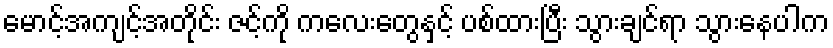
မောင့်အကျင့်အတိုင်း ဇင့်ကို ကလေးတွေနှင့် ပစ်ထားပြီး သွားချင်ရာ သွားနေပါက